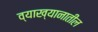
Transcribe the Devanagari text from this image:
व्याख्यानातील